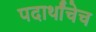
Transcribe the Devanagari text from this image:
पदार्थांचेच